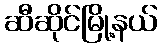
ဆီဆိုင်မြို့နယ်